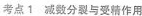
考点1 减数分裂与受精作用